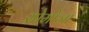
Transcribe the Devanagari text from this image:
सोमोजा